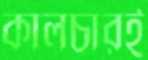
কালচারই